Annual administration report of the Civil Veterinary Department of India - 1899-1900
Year: 1899
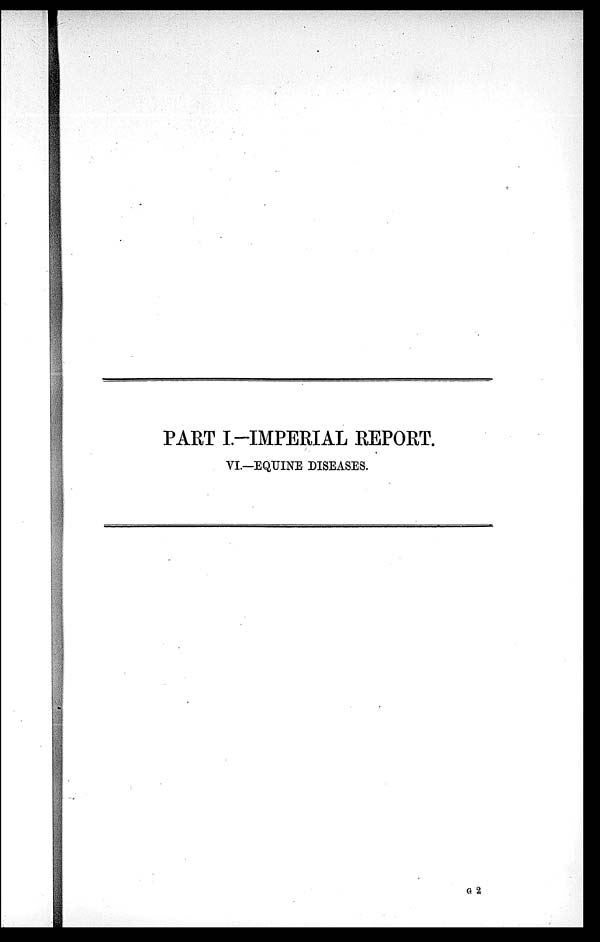
PART I.—IMPERIAL REPORT.
VI.—EQUINE DISEASES.